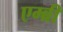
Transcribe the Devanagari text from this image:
एम्ब्री